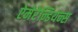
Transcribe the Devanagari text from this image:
ऐमेरेन्डियन्स